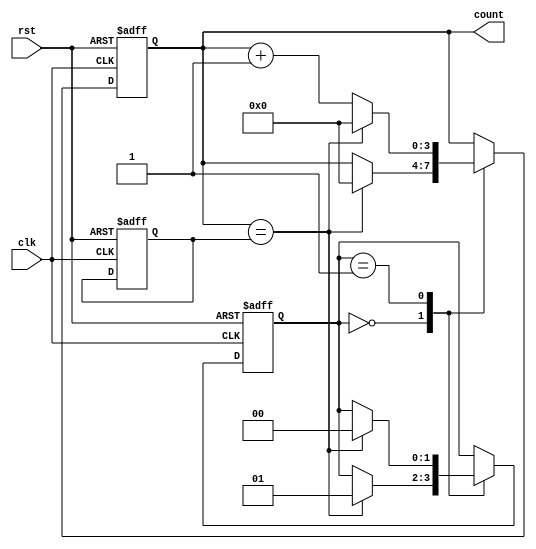
module Modulus_Counter (
    input wire clk,
    input wire rst,
    output reg [3:0] count
);

reg [3:0] modulus;
reg [1:0] state;

parameter IDLE_STATE = 2'b00;
parameter COUNTING_STATE = 2'b01;

always @(posedge clk or posedge rst) begin
    if (rst) begin
        count <= 4'b0000;
        modulus <= 4'b0001;
        state <= IDLE_STATE;
    end else begin
        case (state)
            IDLE_STATE: begin
                if (count == modulus) begin
                    count <= 4'b0000;
                    state <= COUNTING_STATE;
                end
            end
            COUNTING_STATE: begin
                if (count == modulus) begin
                    count <= 4'b0000;
                    state <= IDLE_STATE;
                end else begin
                    count <= count + 1;
                end
            end
        endcase
    end
end

endmodule